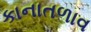
કાનાતળાવ